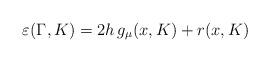
LaTeX: \begin{align*} \varepsilon(\Gamma,K) = 2h\, g_\mu(x,K) + r(x,K) \end{align*}